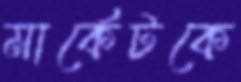
মার্কেটকে